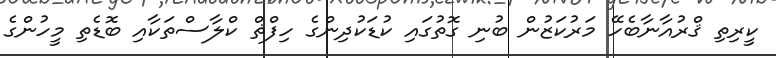
ކީރިތި ޤްރުއާނާބެހޭ މަރުކަޒުން ބުނި ގޮތުގައި ކުޑަކުދިންގެ ހިފްޡް ކްލާސްތަކާއި ބޮޑެތި މީހުންގެ